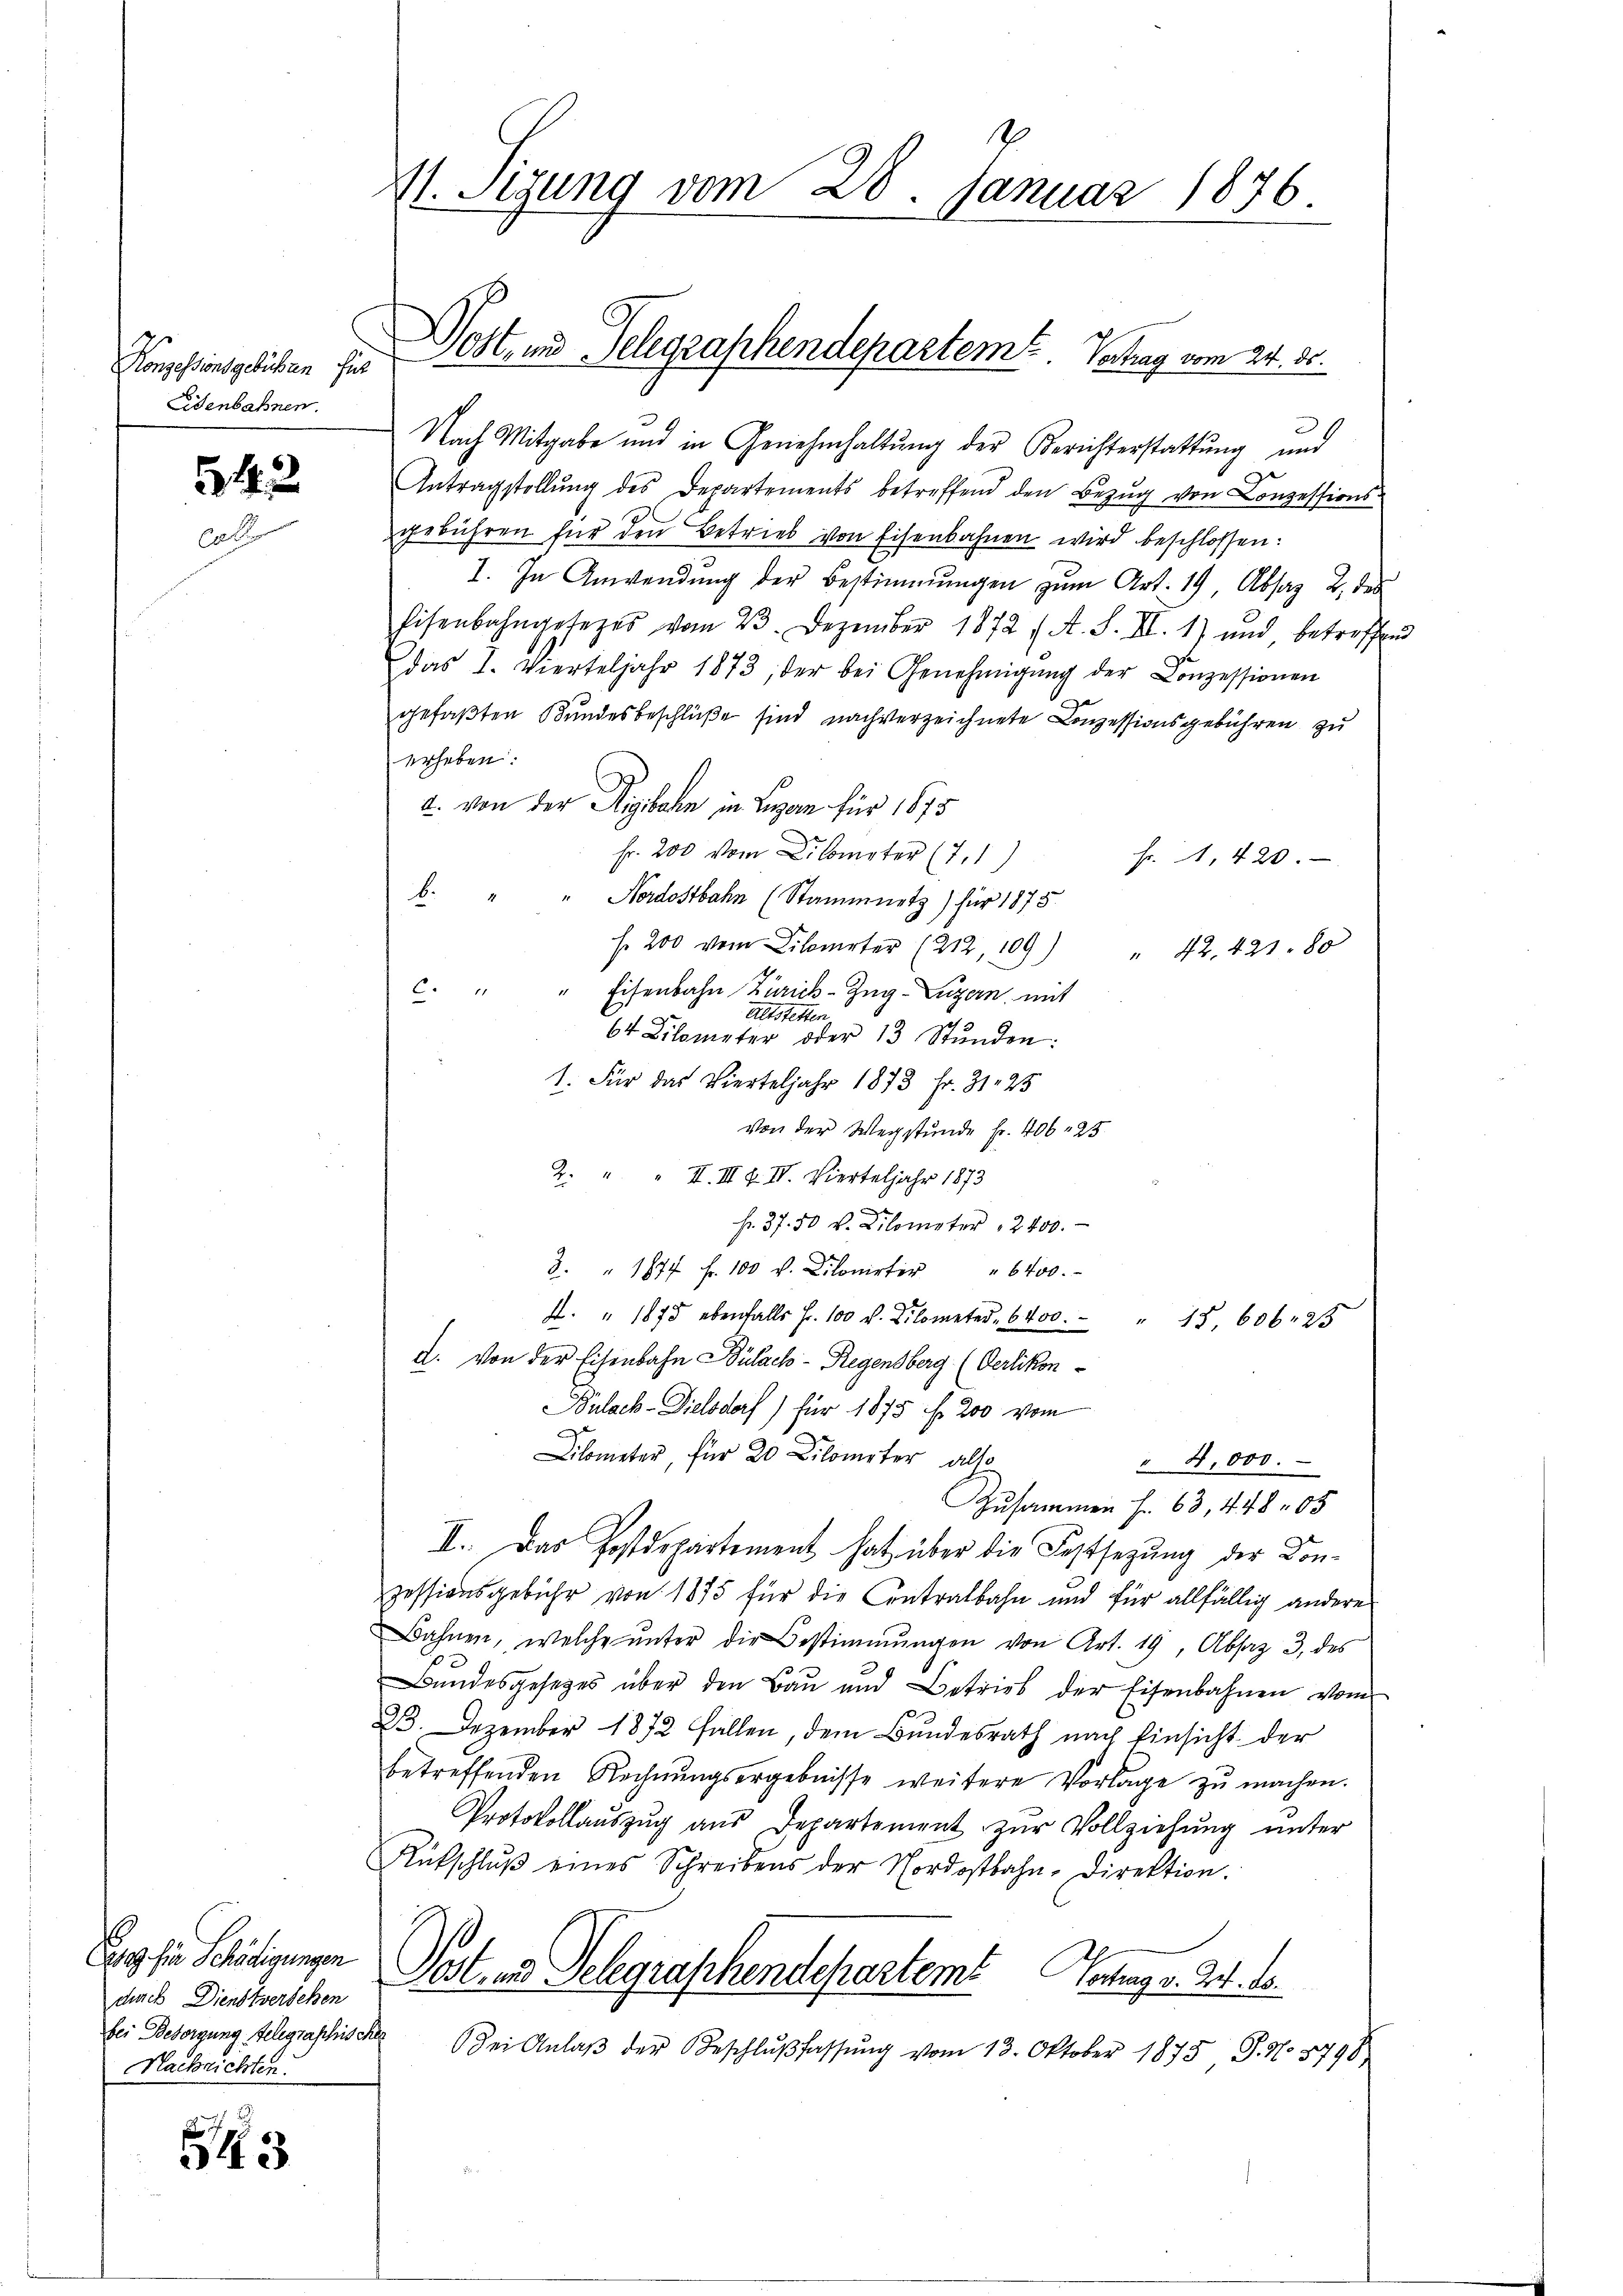
Konzessionsgebühren für
Eisenbahnen.

542

g sie Schädigungen
duach Dienstversehen
bei Besorgung telegraphisch
Nachrichten.

55

Vt. Sigung vom 28. Januar 1876.

G

Dost, und Telegraschendepartem Vertrag vom 24. 30.

Nach Mitgabe und in Genehmhaltung der Berichterstattung und
Antragstellŭng des Departements betreffend den Bezŭg von Conzessions-
gebühren für den Betrieb von Eisenbahnen wird beschlossen:
I. In Anwendŭng der Bestimmungen zŭm Art. 19, Absaz 2 des
Eisenbahngesezes vom 23. Dezember 1872 (A. S. II. 1) und betreffend
das I. Vierteljahr 1873, der bei Genehmigŭng der Conzessionen
gefaßten Bundesbeschlüße sind nach verzeichnete Conzessionsgebühren zu
erheben:
a. von der Rigibahn in Lugan für 1875
Fr. 200 vom Cometer (7.1)
Fr. 1. 420.
b. " " Nordostbahn (Stammnetz) für 1875.
fr 200 von Lilierter (212, 109) " 42. 421. 80
" Eisenbahn Zürich–Zug–Luzern, mit
6.
Altstetten.
64 Kilometer oder 13 Stŭnden:
1. Für das Vierteljahr 1873 Fr. 31. 25
von der Wegstunde Fr. 406. 25
Z. " " II. III f. IV. Vierteljahr 1873
fr. 37. 50 v. Kilometer 2400.
3. " 1877 fr. 100 v. Dilonirter " 6400.
A. " 1875 ebenfalls Fr. 100 u. Kilometer " 6400.  "  17, 606. 25
d. Von der Eisenbahn Bülach - Regensberg (Oerlikon-
Bulack-Dielsdorf) für 1875 f. 200 vom
d
Lilometer, für 20 Kilometer also
" 4,000.
Zusammen f. 63, 448 05
II. Das Postdepartement hat über die Festsetzung der Konzessionsgebühr von 1875 für die Contralbahn und für allfällig andere
Bahnen, welche ŭnter die Bestimmungen von Art. 19, Absaz 3, des
Bundesgesetzes über den Bau und Betrieb der Eisenbahnen vom
23. Dezember 1872 fallen, dem Bundesrath nach Einsicht der
betreffenden Rechnŭngsergebnisse weitere Vorlage zŭ machen.
Protokollaŭszŭg aŭs Departement zŭr Vollziehŭng ŭnter
Rütschlŭβ eines Schreibens der Nordostbahn-Direktion.
Post- und Delegraphendepartem Vortrag v. 24. d.
 ei Anlaβ der Beschlŭβ fassŭng vom 13. Oktober 1878 J. No 8798.